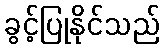
ခွင့်ပြုနိုင်သည်